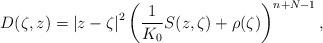
LaTeX: \begin{align*}D(\zeta,z)=\left|z-\zeta\right|^{2}\left(\frac{1}{K_{0}}S(z,\zeta)+\rho(\zeta)\right)^{n+N-1},\end{align*}